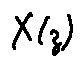
X ( z )